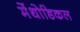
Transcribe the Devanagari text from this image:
मेंथोडिकल